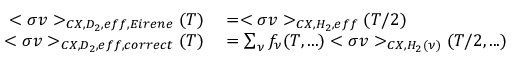
\begin{array} { r l } { < \sigma v > _ { C X , D _ { 2 } , e f f , E i r e n e } ( T ) } & { { } = < \sigma v > _ { C X , H _ { 2 } , e f f } ( T / 2 ) } \\ { < \sigma v > _ { C X , D _ { 2 } , e f f , c o r r e c t } ( T ) } & { { } = \sum _ { \nu } f _ { \nu } ( T , . . . ) < \sigma v > _ { C X , H _ { 2 } ( \nu ) } ( T / 2 , . . . ) } \end{array}